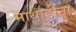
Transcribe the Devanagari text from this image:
माथाडींना